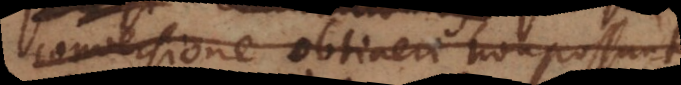
conversione obtineri non possunt